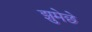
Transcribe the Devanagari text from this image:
झुमेछे